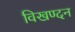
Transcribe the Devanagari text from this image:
विखण्दन